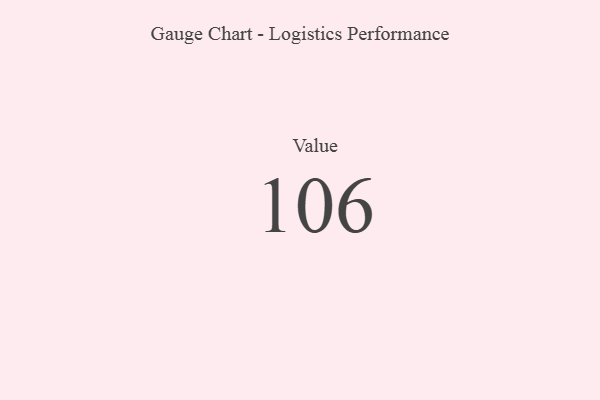
{"axis": {"x": "Metric", "y": "Value"}, "legend": [""], "data": [{"x": "Value", "y": 106, "type": ""}]}